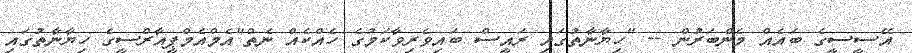
އޭސީސީގެ ބައެއް މެންބަރުން -- "ހިޔާނާތުގައި ރައީސް ބައިވެރިވާކަމުގެ ހެއްކެއް ނެތް"އެމްއެމްޕީއާރްސީގެ ހިޔާނާތުގައި